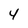
Character: 4